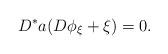
LaTeX: \begin{align*}D^*a(D\phi_\xi+\xi)=0.\end{align*}